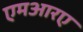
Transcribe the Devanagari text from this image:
एमआरए